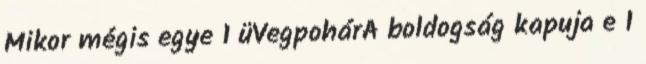
Mikor mégis egye 1 üVegpohárA boldogság kapuja e 1